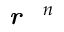
\textbf { \textit { r } } ^ { n }